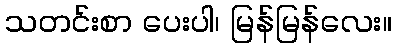
သတင်းစာ ပေးပါ၊ မြန်မြန်လေး။